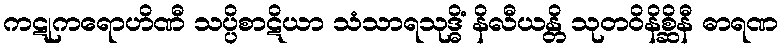
ကဋုကရောဟိဏီ သပ္ပိစာဋိယာ သံသာရသုဒ္ဓိံ နိလီယန္တိ သုတဝိနိစ္ဆိနီ ဓာရဏ